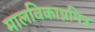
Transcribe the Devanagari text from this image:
मालविकाग्नमित्र